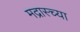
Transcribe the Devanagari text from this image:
मद्रास्च्या